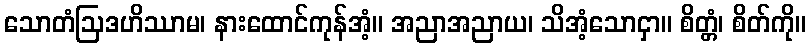
သောတံဩဒဟိဿာမ၊ နားထောင်ကုန်အံ့။ အညာအညာယ၊ သိအံ့သောငှာ။ စိတ္တံ၊ စိတ်ကို။